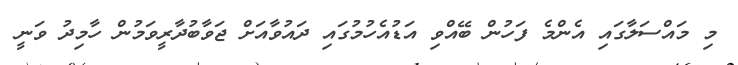
މި މައްސަލާގައި އެންމެ ފަހުން ބޭއްވި އަޑުއެހުމުގައި ދައުވާއަށް ޖަވާބުދާރީވަމުން ހާމިދު ވަނީ